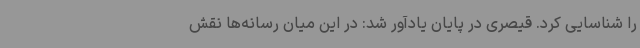
را شناسایی کرد. قیصری در پایان یادآور شد: در این میان رسانه‌ها نقش